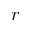
r